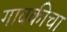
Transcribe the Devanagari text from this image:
गावकीचा